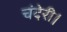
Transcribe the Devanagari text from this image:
चंदेरी।